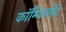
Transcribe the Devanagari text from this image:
कॉम्प्लिमेंट